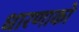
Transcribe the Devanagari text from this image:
धारणाको